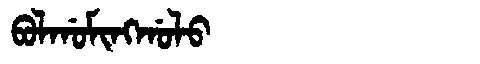
Manchu: ᠪᠣᠯᡤᠣᠮᡳᠩᡤᠣᠯᠣ
Romanization: BOLGOMINGGOLO